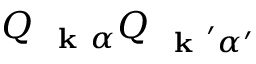
Q _ { \mathrm { ~ \bf ~ k ~ } \alpha } Q _ { \mathrm { ~ \bf ~ k ~ } ^ { \prime } \alpha ^ { \prime } }